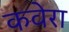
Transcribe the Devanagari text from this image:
कवेरा